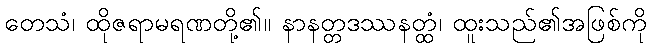
တေသံ၊ ထိုဇရာမရဏတို့၏။ နာနတ္တဒဿနတ္ထံ၊ ထူးသည်၏အဖြစ်ကို